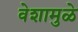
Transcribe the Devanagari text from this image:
वेशामुळे